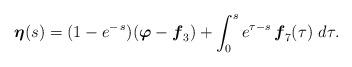
LaTeX: \begin{align*}\boldsymbol{\eta} (s) = (1 - e^{-\,s})(\boldsymbol{\varphi} -\boldsymbol{f}_{3}) + \int_{0}^{s} e^{\tau - s}\,\boldsymbol{f}_{7} (\tau)\ d\tau. \end{align*}